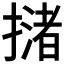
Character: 𢵻